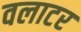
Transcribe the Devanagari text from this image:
वलाटर